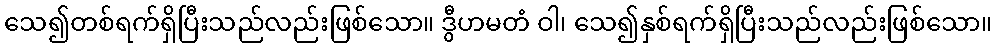
သေ၍တစ်ရက်ရှိပြီးသည်လည်းဖြစ်သော။ ဒွီဟမတံ ဝါ၊ သေ၍နှစ်ရက်ရှိပြီးသည်လည်းဖြစ်သော။